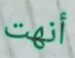
أنهت